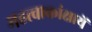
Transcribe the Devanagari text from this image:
महत्वाकांक्षायें